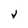
Character: V